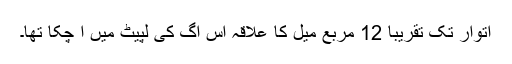
اتوار تک تقریباً 12 مربع میل کا علاقہ اس آگ کی لپیٹ میں آ چکا تھا۔